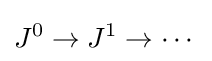
J^{0}\to J^{1}\to \cdots